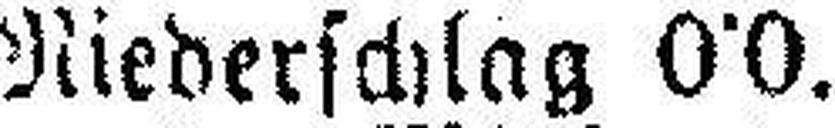
Niederschlag 0˙0.